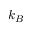
k _ { B }